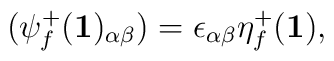
(\psi^{+}_f({\bf 1})_{\alpha \beta}) = \epsilon_{\alpha \beta}                               \eta^{+}_f({\bf 1}),